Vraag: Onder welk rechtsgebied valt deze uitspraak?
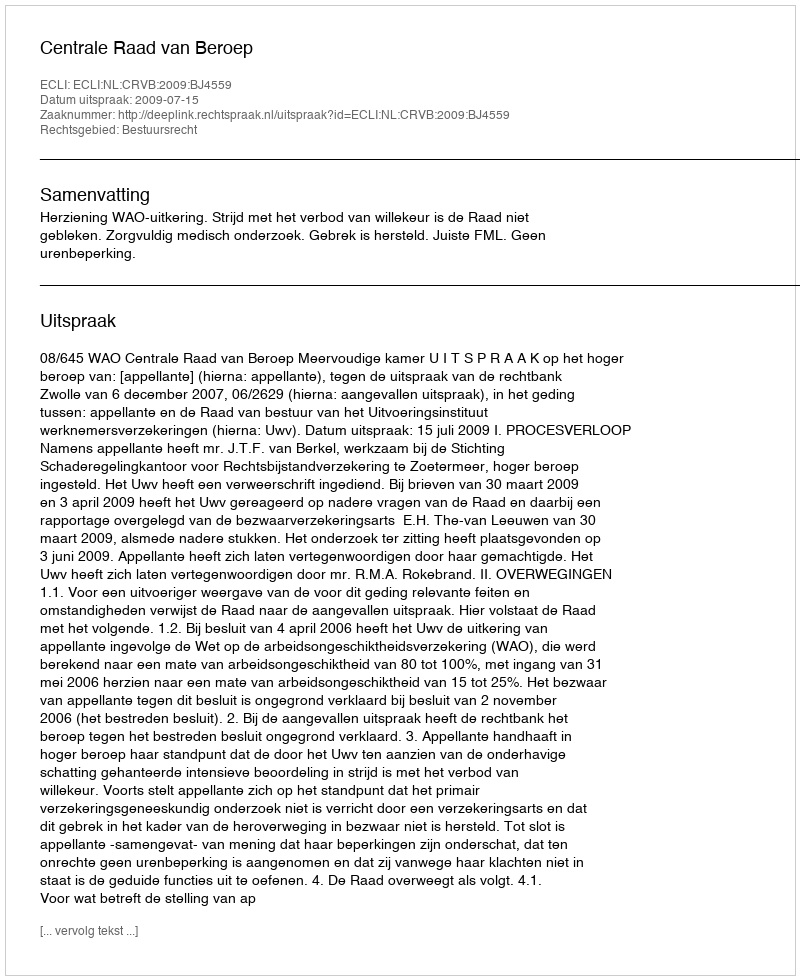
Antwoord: Bestuursrecht